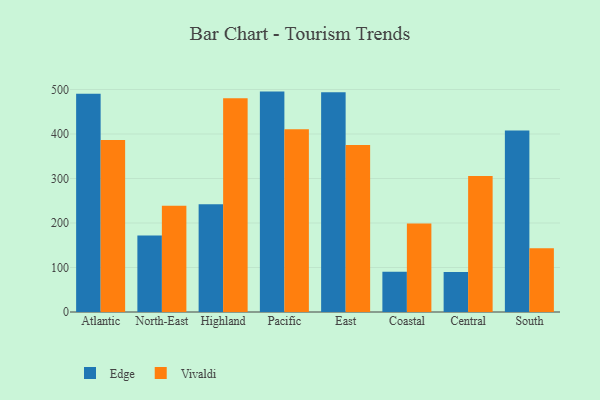
{"axis": {"x": "Region", "y": "Inventory Turnover"}, "legend": ["Edge", "Vivaldi"], "data": [{"x": "Atlantic", "y": 490.2, "type": "Edge"}, {"x": "Atlantic", "y": 386.3, "type": "Vivaldi"}, {"x": "North-East", "y": 172.0, "type": "Edge"}, {"x": "North-East", "y": 238.7, "type": "Vivaldi"}, {"x": "Highland", "y": 242.1, "type": "Edge"}, {"x": "Highland", "y": 480.3, "type": "Vivaldi"}, {"x": "Pacific", "y": 495.3, "type": "Edge"}, {"x": "Pacific", "y": 410.5, "type": "Vivaldi"}, {"x": "East", "y": 494.1, "type": "Edge"}, {"x": "East", "y": 375.3, "type": "Vivaldi"}, {"x": "Coastal", "y": 90.3, "type": "Edge"}, {"x": "Coastal", "y": 199.0, "type": "Vivaldi"}, {"x": "Central", "y": 89.7, "type": "Edge"}, {"x": "Central", "y": 305.6, "type": "Vivaldi"}, {"x": "South", "y": 407.7, "type": "Edge"}, {"x": "South", "y": 143.5, "type": "Vivaldi"}]}